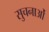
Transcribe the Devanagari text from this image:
सुचनाओं